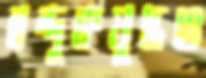
বন্দুকযুদ্ধও